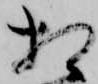
相